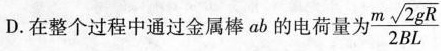
D.在整个过程中通过金属棒ab的电荷量为 \frac{m\sqrt{2gR}}{2BL}